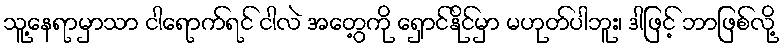
သူ့နေရာမှာသာ ငါရောက်ရင် ငါလဲ အတွေ့ကို ရှောင်နိုင်မှာ မဟုတ်ပါဘူး၊ ဒါဖြင့် ဘာဖြစ်လို့